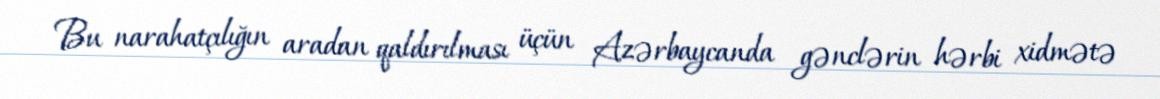
Bu narahatçılığın aradan qaldırılması üçün Azərbaycanda gənclərin hərbi xidmətə